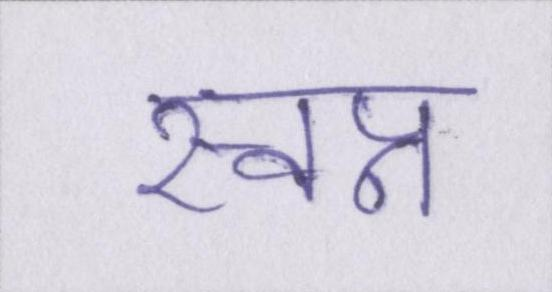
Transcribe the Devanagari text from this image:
स्वप्न